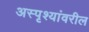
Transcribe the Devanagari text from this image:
अस्पृश्यांवरील